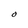
Character: O